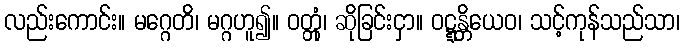
လည်းကောင်း။ မဂ္ဂေတိ၊ မဂ္ဂဟူ၍။ ဝတ္တုံ၊ ဆိုခြင်းငှာ။ ဝဋ္ဋန္တိယေဝ၊ သင့်ကုန်သည်သာ၊